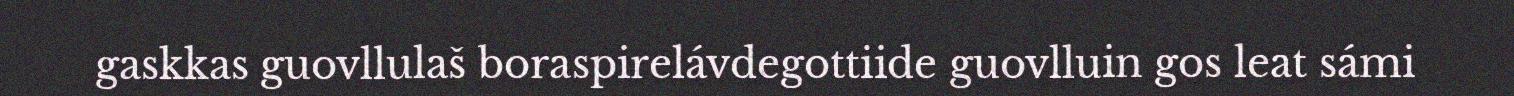
gaskkas guovllulaš boraspirelávdegottiide guovlluin gos leat sámi